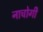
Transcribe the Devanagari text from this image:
नाचोगी